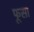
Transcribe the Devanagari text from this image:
फूसा